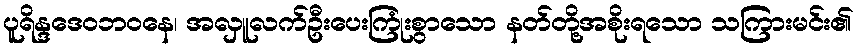
ပူရိန္ဒဒေဝဘဝနေ၊ အလှူလက်ဦးပေးကြုံးစွာသော နတ်တို့အစိုးရသော သကြားမင်း၏